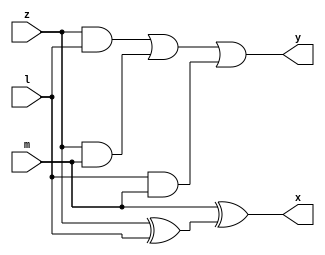
`timescale 1ns / 1ps
//////////////////////////////////////////////////////////////////////////////////
// Company: 
// Engineer: 
// 
// Design Name: 
// Module Name:    full_adder 
// Project Name: 
// Target Devices: 
// Tool versions: 
// Description: 
//
// Dependencies: 
//
// Revision: 
// Revision 0.01 - File Created
// Additional Comments: 
//
//////////////////////////////////////////////////////////////////////////////////
module full_adder(x,y,z,l,m);
input z;	
input l;
input m;
output x;
output y;
wire o[3:0];
xor(o[0],z,l);  
xor(x,m,o[0]);
and(o[1],z,l);
and(o[2],z,m);
and(o[3],l,m);
or(y,o[1],o[2],o[3]);
endmodule